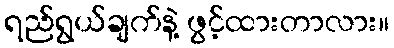
ရည်ရွယ်ချက်နဲ့ ဖွင့်ထားတာလား။